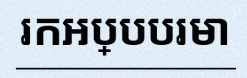
រកអប្បបរមា